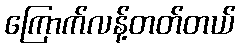
ကြောက်လန့်တတ်တယ်